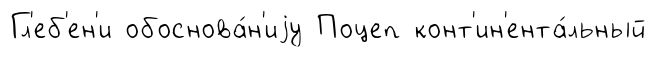
Гл'еб'ен'и обоснова́н'иjу Поцеп конт'ин'ента́льный